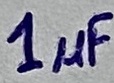
Text: 1µF